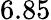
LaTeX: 6.85